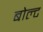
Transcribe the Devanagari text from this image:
बोल्‍ट